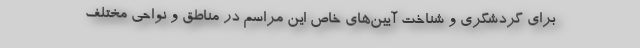
برای گردشگری و شناخت آیین‌های خاص این مراسم در مناطق و نواحی مختلف